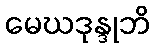
မေဃဒုန္ဒုဘိ